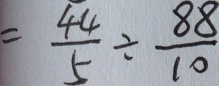
= \frac { 4 4 } { 5 } \div \frac { 8 8 } { 1 0 }